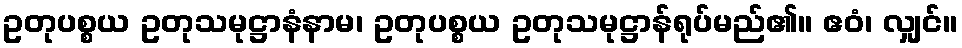
ဥတုပစ္စယ ဥတုသမုဋ္ဌာနံနာမ၊ ဥတုပစ္စယ ဥတုသမုဋ္ဌာန်ရုပ်မည်၏။ ဧဝံ၊ လျှင်။